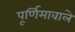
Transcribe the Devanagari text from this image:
पूर्णिमावाले